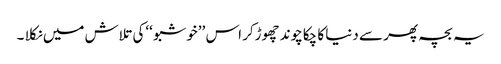
یہ بچہ پھر سے دنیا کا چکاچوند چھوڑکر اس ’’خوشبو ‘‘کی تلاش میں نکلا ۔